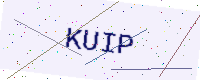
Text: KUIP